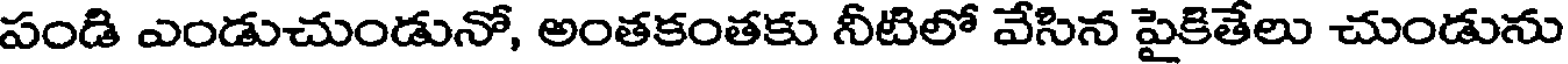
పండి ఎండుచుండునో, అంతకంతకు నీటిలో వేసిన పైకితేలు చుండును